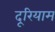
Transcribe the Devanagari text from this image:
दूरियाम